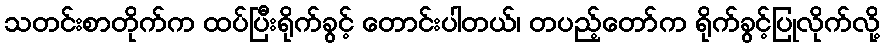
သတင်းစာတိုက်က ထပ်ပြီးရိုက်ခွင့် တောင်းပါတယ်၊ တပည့်တော်က ရိုက်ခွင့်ပြုလိုက်လို့